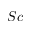
S c